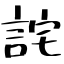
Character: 詫